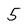
Character: 5